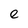
Character: e